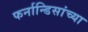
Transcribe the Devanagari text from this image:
फर्नान्डिसांच्या